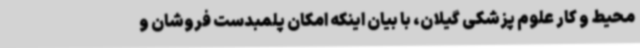
محیط و کار علوم پزشکی گیلان، با بیان اینکه امکان پلمبدست فروشان و